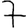
Digit: 7